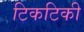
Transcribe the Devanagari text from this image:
टिकटिकी